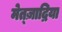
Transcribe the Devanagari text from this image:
मेत्ज़ाद्रिया